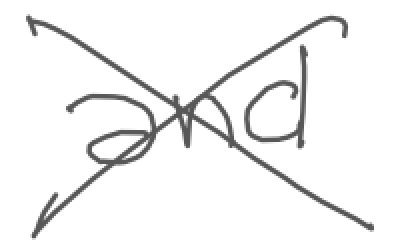
Text: and
Cross-out: mix
Writing tool: digital_gray